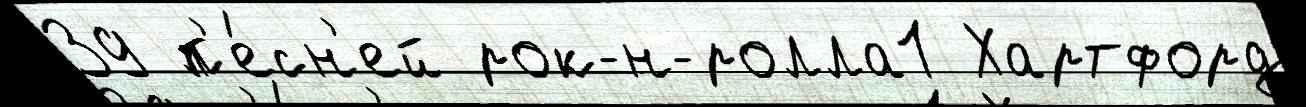
39 п'е́сн'ей рок-н-ролла1 Хартфорд